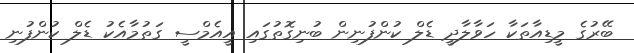
ބޭރުގެ މީޑިއާތަކާ ހަވާލާދީ ޑެލް ކުންފުނިން ބުނިގޮތުގައި އީއެމްސީ ގަތުމާއެކު ޑެލް ކުންފުނި